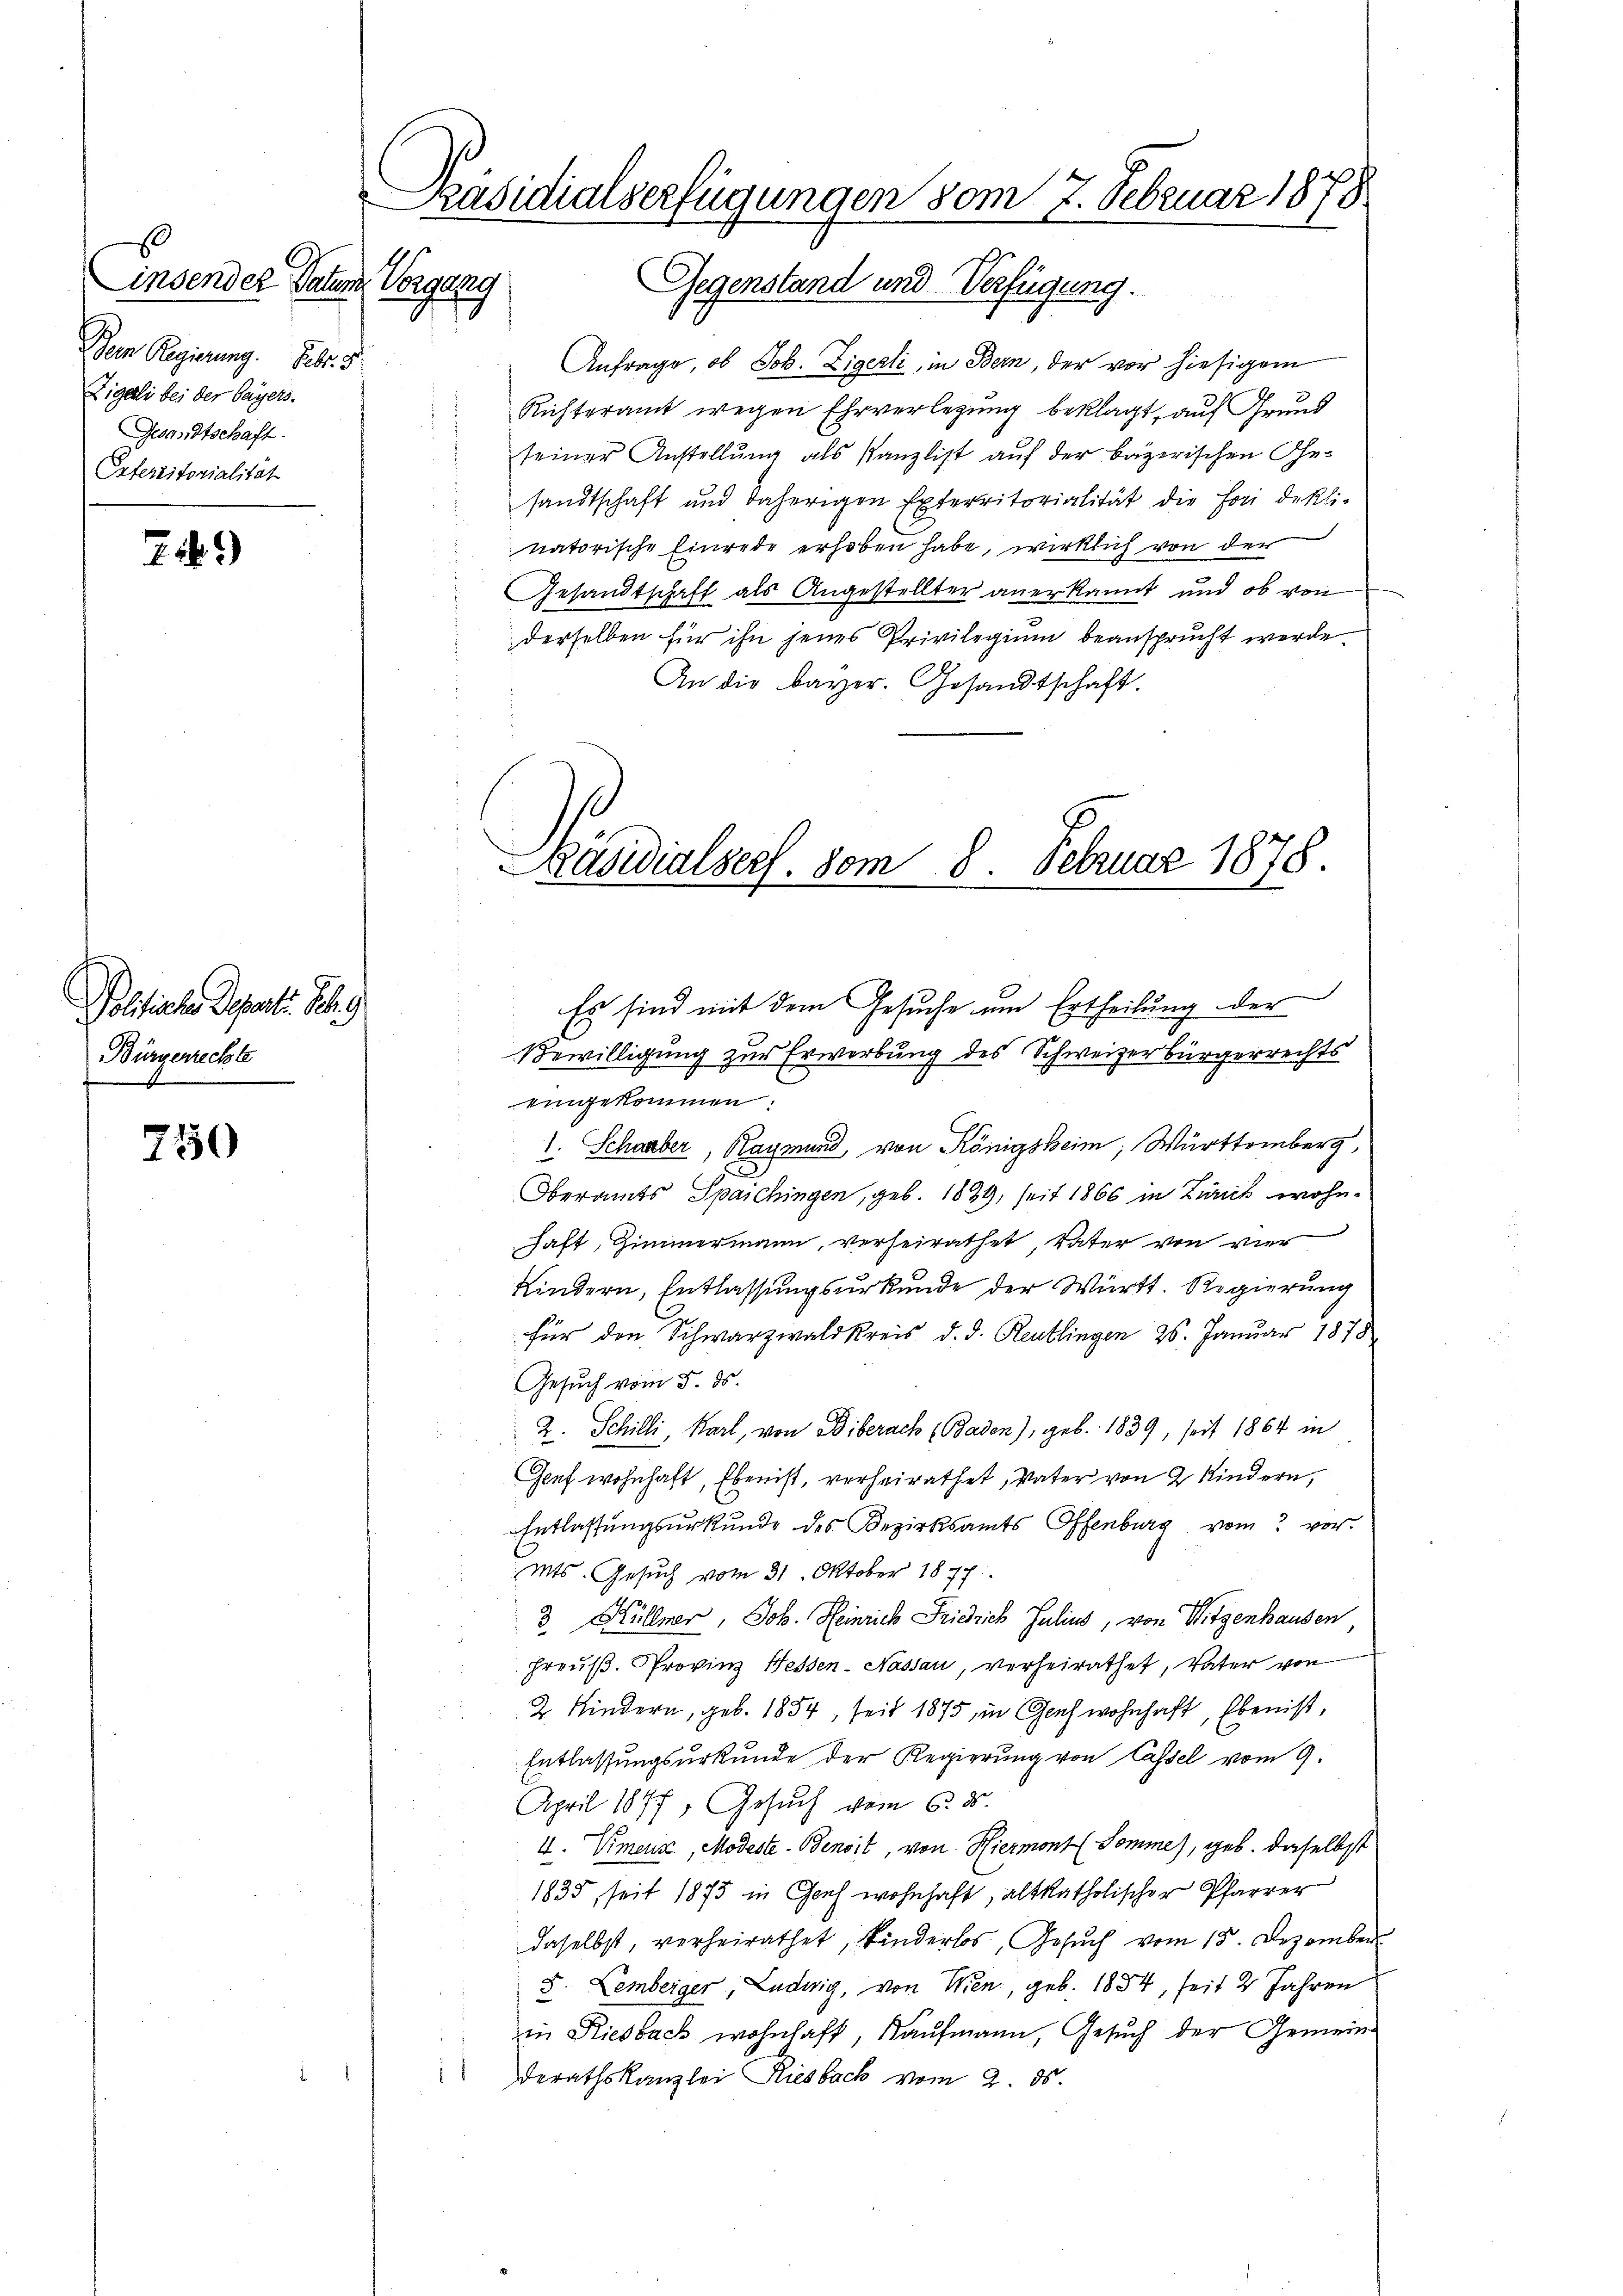
s
Linsender Datum Vorgang
Dem Regierung. Febr. 8
Zigeli bei der Bayers.
Gesandtschaft.
Enterritorialität

2.)

Pehliche Spinter Beg
Bürgerrechte

750

Präsidialserfügungen vom 7. Februar 1878

Gegenstand und Verfügung.
Anfrage, ob Joh. Zigerli, in Bern, der vor hiesigem
Richteramt wegen Ehrverlegung beklagt, auf Grund
seiner Anstellung als Kanzlist auf der bäzerischen Gesandtschaft und daherigen Exterritorialität die Fori dekli-
natorische Einrede erhoben habe, wirklich von der
Gesandtschaft als Angestellter anerkannt und ob von
derselben für ihn jenes Privilegium beansprucht werde.
An die bayer. Gesandtschaft.

Präsidialsers. vom 8. Februar 1878.
.

Es sind mit dem Gesuche um Ertheilung der
Bewilligung zur Erwerbung des Schweizerbürgerrechts
eingekommen.
1. Schauber, Raymund, von Königsheim; Württemberg,
e
Oberamts Spaichingen, geb. 1839, seit 1866 in Zürich wohnhaft, Zimmermann, verheirathet Vater von vier
Kindern, Entlassungsurkunde der Württ. Regierung
für den Schwarzwaldkreis d. d. Reutlingen 26. Januar 1878
Gesuch vom 5. ds.
2. Schilli, Karl, von Biberach Baden), geb. 1839, seit 1864 in
Genf wohnhaft, Eben ist, verheirathet, Vater von 2 Kindern,
Entlassungsurkunde des Bezirksamts Offenburg vom vor.
Mts. Gesuch vom 31. Oktober 1877
3. Hüllner, Joh. Heinrich Friedrich Julius, von Witzenhausen
Preuß. Provinz Hessen-Nassau, verheirathet, Vater von
2 Kindern, geb. 1854, seit 1875 in Genf wohnhaft, Eben ist,
Entlassungsurkunde der Regierung von Cassel vom 9.
April 1877, Gesuch vom 6. d.
V. Vmenz, Modeste- Benoit, von Hiermont (Somme, geb. daselbst
1835, seit 1873 in Chef wohnhaft, altkatholischer Pfarrer
daselbst, verheirathet, kinderlos, Gesuch vom 15. Dezember
5. Lemberger, Ludwig, von Wien, geb. 1834, seit 2 Jahren
in Riesbach wohnhaft, Kaufmann, Gesuch der Gemeinderathskanzlei Riesbach vom 2. ds.